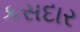
કસદાર